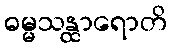
ဓမ္မသန္ထာရောတိ